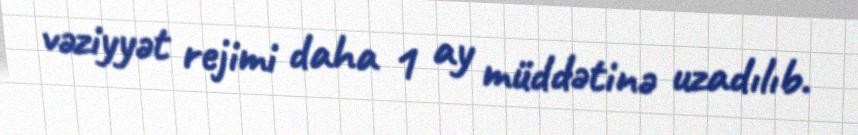
vəziyyət rejimi daha 1 ay müddətinə uzadılıb.